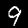
Label: 9